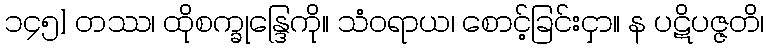
၁၄၅] တဿ၊ ထိုစက္ခုန္ဒြေကို။ သံဝရာယ၊ စောင့်ခြင်းငှာ။ န ပဋိပဇ္ဇတိ၊